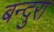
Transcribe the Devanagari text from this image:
बन्दुरा